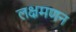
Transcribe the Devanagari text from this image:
लक्षमणन